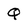
Character: Q